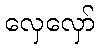
လှေလှော်